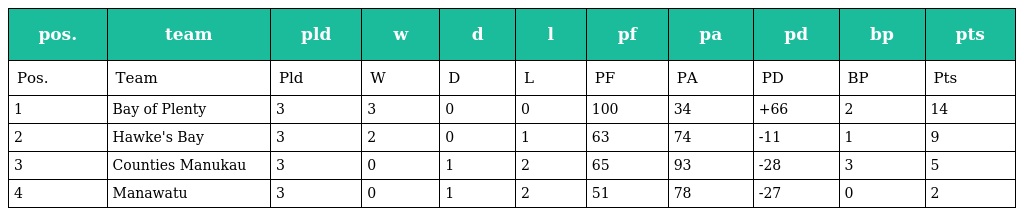
| pos. | team | pld | w | d | l | pf | pa | pd | bp | pts |
 | --- | --- | --- | --- | --- | --- | --- | --- | --- | --- | --- |
 | Pos. | Team | Pld | W | D | L | PF | PA | PD | BP | Pts |
 | 1 | Bay of Plenty | 3 | 3 | 0 | 0 | 100 | 34 | +66 | 2 | 14 |
 | 2 | Hawke's Bay | 3 | 2 | 0 | 1 | 63 | 74 | -11 | 1 | 9 |
 | 3 | Counties Manukau | 3 | 0 | 1 | 2 | 65 | 93 | -28 | 3 | 5 |
 | 4 | Manawatu | 3 | 0 | 1 | 2 | 51 | 78 | -27 | 0 | 2 |